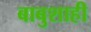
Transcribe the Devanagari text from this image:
बाबुशाही